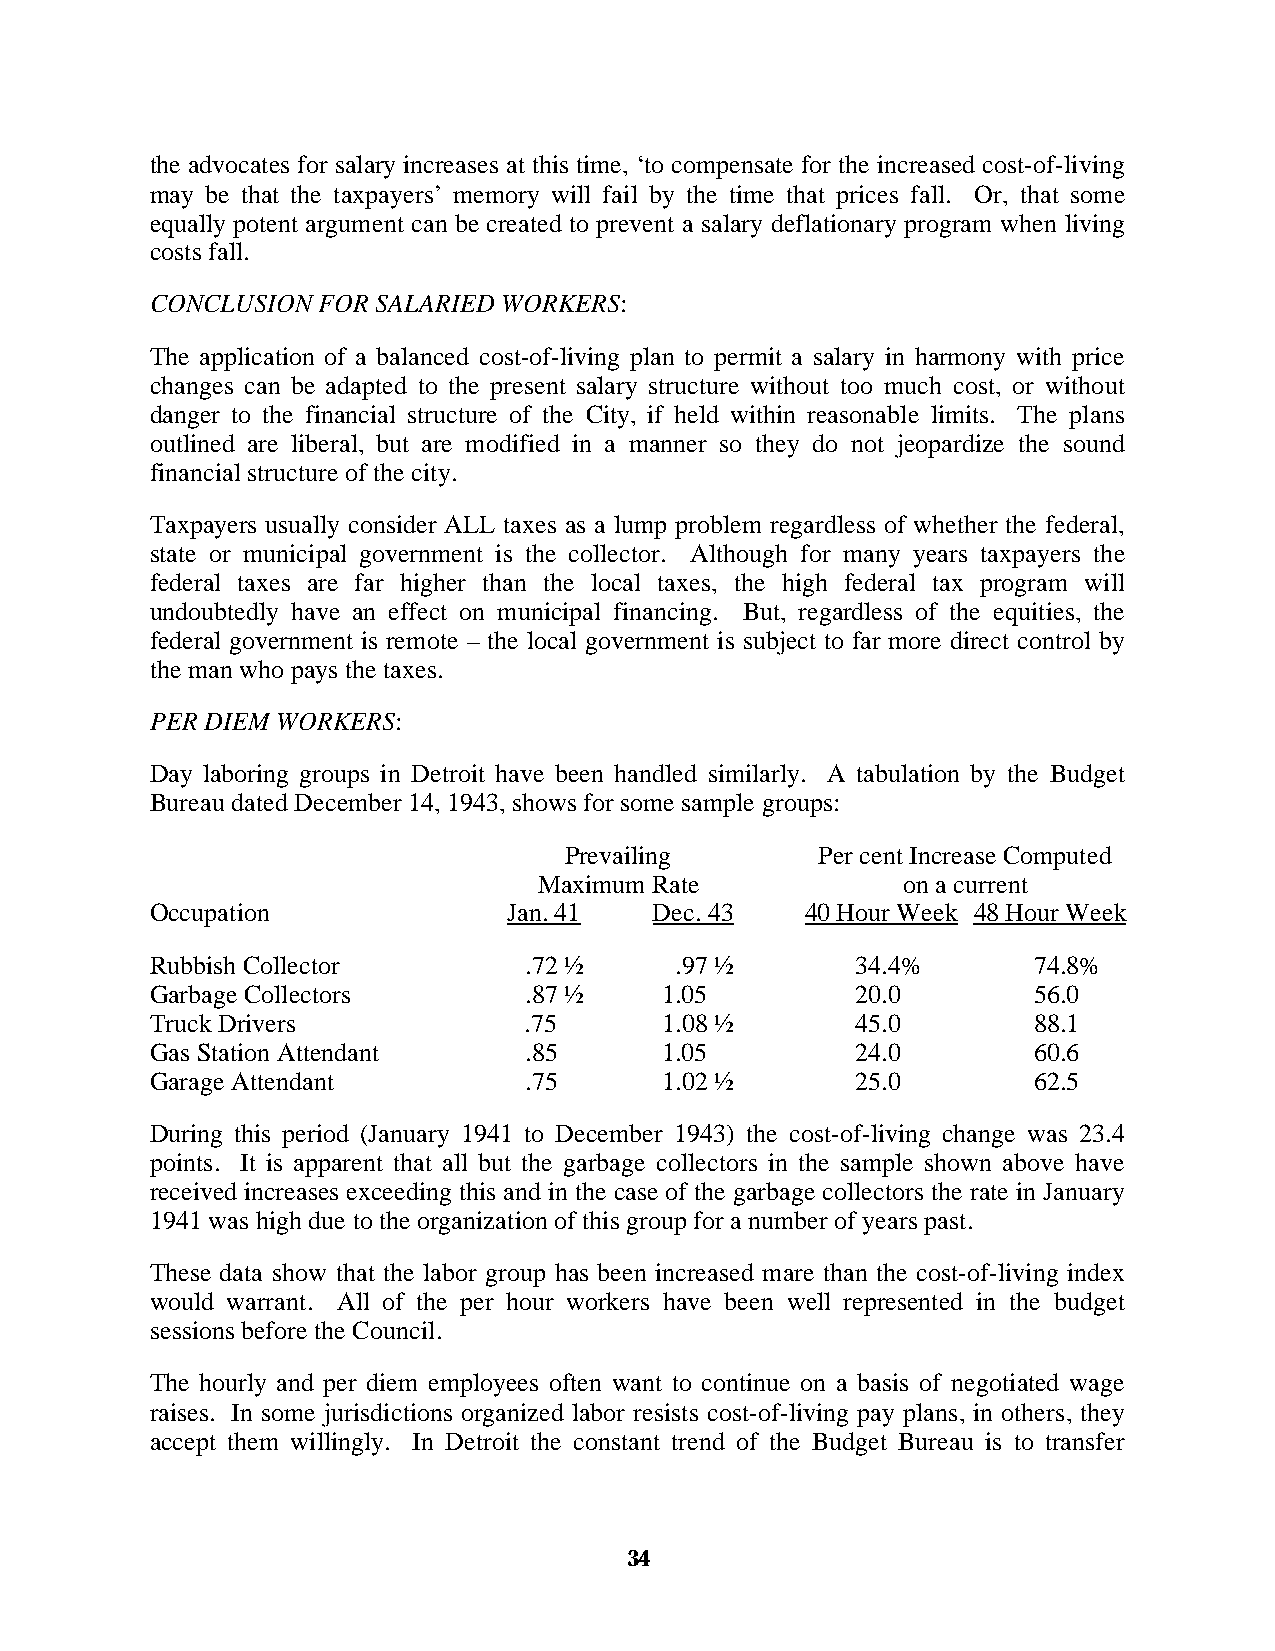
the advocates for salary increases at this time, ‘to compensate for the increased cost-of-living
 may be that the taxpayers’ memory will fail by the time that prices fall. Or, that some
 equally potent argument can be created to prevent a salary deflationary program when living
 costs fall.
 CONCLUSION FOR SALARIED WORKERS:
 The application of a balanced cost-of-living plan to permit a salary in harmony with price
 changes can be adapted to the present salary structure without too much cost, or without
 danger to the financial structure of the City, if held within reasonable limits. The plans
 outlined are liberal, but are modified in a manner so they do not jeopardize the sound
 financial structure of the city.
 Taxpayers usually consider ALL taxes as a lump problem regardless of whether the federal,
 state or municipal government is the collector. Although for many years taxpayers the
 federal taxes are far higher than the local taxes, the high federal tax program will
 undoubtedly have an effect on municipal financing. But, regardless of the equities, the
 federal government is remote – the local government is subject to far more direct control by
 the man who pays the taxes.
 PER DIEM WORKERS:
 Day laboring groups in Detroit have been handled similarly. A tabulation by the Budget
 Bureau dated December 14, 1943, shows for some sample groups:
 Prevailing       Per cent Increase Computed
 Maximum Rate            on a current
 Occupation              Jan. 41  Dec. 43   40 Hour Week 48 Hour Week
 Rubbish Collector        .72 ½     .97 ½       34.4%      74.8%
 Garbage Collectors       .87 ½    1.05         20.0       56.0
 Truck Drivers            .75      1.08 ½       45.0       88.1
 Gas Station Attendant    .85      1.05         24.0       60.6
 Garage Attendant         .75      1.02 ½       25.0       62.5
 During this period (January 1941 to December 1943) the cost-of-living change was 23.4
 points. It is apparent that all but the garbage collectors in the sample shown above have
 received increases exceeding this and in the case of the garbage collectors the rate in January
 1941 was high due to the organization of this group for a number of years past.
 These data show that the labor group has been increased mare than the cost-of-living index
 would warrant. All of the per hour workers have been well represented in the budget
 sessions before the Council.
 The hourly and per diem employees often want to continue on a basis of negotiated wage
 raises. In some jurisdictions organized labor resists cost-of-living pay plans, in others, they
 accept them willingly. In Detroit the constant trend of the Budget Bureau is to transfer
 34